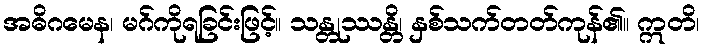
အဓိဂမေန၊ မဂ်ကိုရခြင်းဖြင့်။ သန္တုဿန္တိ၊ နှစ်သက်တတ်ကုန်၏။ ဣတိ၊